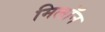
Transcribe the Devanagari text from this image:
मिलॉन